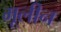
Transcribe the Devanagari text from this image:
मूलीन